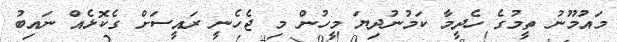
މައުމޫނު ތީމުގެ ހެދީމާ ކަމުނުދިޔަ މީހުން މި ޖެހެނީ ރައީސަށް ގެކޮޅެއް ނައިބު